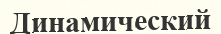
Динамический